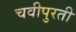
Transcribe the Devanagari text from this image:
चवीपुरती